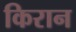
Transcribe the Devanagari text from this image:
किरान